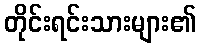
တိုင်းရင်းသားများ၏